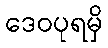
ဒေဝပုရမှိ